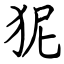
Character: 狔